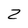
Character: Z